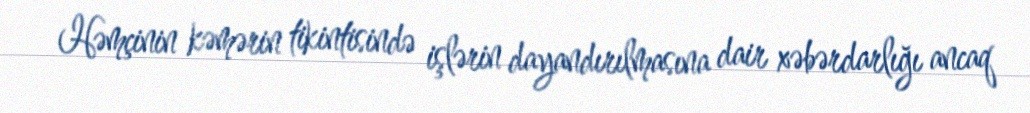
Həmçinin kəmərin tikintisində işlərin dayandırılmasına dair xəbərdarlığı ancaq